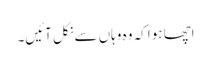
اچھا ہوا کہ وہ وہاں سےنکل آئیں۔